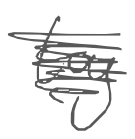
Text: toy
Cross-out: scratch
Writing tool: digital_gray